Indian journal of veterinary science and animal husbandry - Volumes 18-21, 1948-1951
Year: 1948
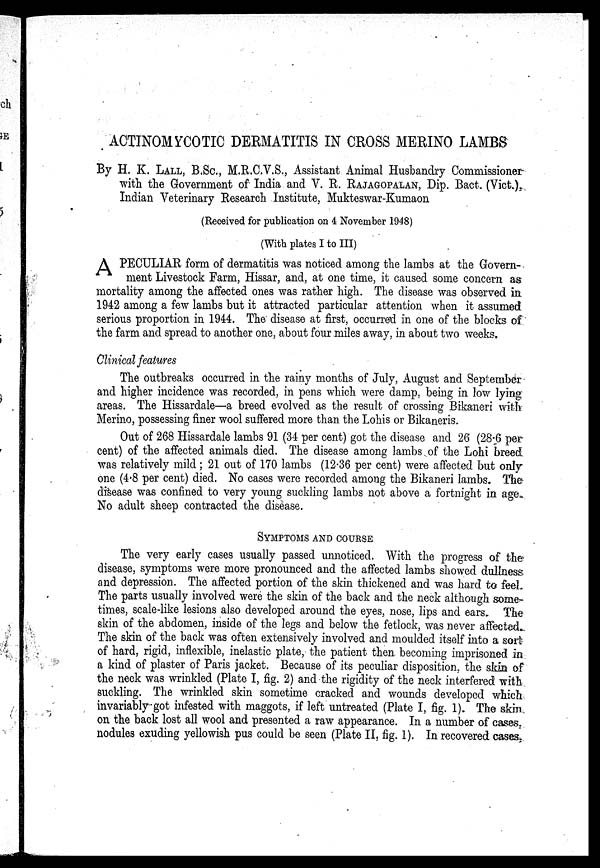
ACTINOMYCOTIC DERMATITIS IN CROSS MERINO LAMBS
By H. K. LALL, B.Sc., M.R.C.V.S., Assistant Animal Husbandry Commissioner
with the Government of India and V. R. RAJAGOPALAN, Dip. Bact. (Vict.)
Indian Veterinary Research Institute, Mukteswar-Kumaon
(Received for publication on 4 November 1948)
(With plates I to III)
A PECULIAR form of dermatitis was noticed among the lambs at the Govern-
ment Livestock Farm, Hissar, and, at one time, it caused some concern as
mortality among the affected ones was rather high. The disease was observed in
1942 among a few lambs but it attracted particular attention when it assumed
serious proportion in 1944. The disease at first, occurred in one of the blocks of
the farm and spread to another one, about four miles away, in about two weeks.
Clinical features
The outbreaks occurred in the rainy months of July, August and September
and higher incidence was recorded, in pens which were damp, being in low lying
areas. The Hissardale—a breed evolved as the result of crossing Bikaneri with
Merino, possessing finer wool suffered more than the Lohis or Bikaneris.
Out of 268 Hissardale lambs 91 (34 per cent) got the disease and 26 (28.6 per-
cent) of the affected animals died. The disease among lambs of the Lohi breed
was relatively mild; 21 out of 170 lambs (12.36 per cent) were affected but only
one (4.8 per cent) died. No cases were recorded among the Bikaneri lambs. The
disease was confined to very young suckling lambs not above a fortnight in age
No adult sheep contracted the disease.
SYMPTOMS AND COURSE
The very early cases usually passed unnoticed. With the progress of the
disease, symptoms were more pronounced and the affected lambs showed dullness
and depression. The affected portion of the skin thickened and was hard to feel.
The parts usually involved were the skin of the back and the neck although some
times, scale-like lesions also developed around the eyes, nose, lips and ears. The
skin of the abdomen, inside of the legs and below the fetlock, was never affected.
The skin of the back was often extensively involved and moulded itself into a sort
of hard, rigid, inflexible, inelastic plate, the patient then becoming imprisoned in
a kind of plaster of Paris jacket. Because of its peculiar disposition, the skin of
the neck was wrinkled (Plate I, fig. 2) and the rigidity of the neck interfered with
suckling. The wrinkled skin sometime cracked and wounds developed which
invariably got infested with maggots, if left untreated (Plate I, fig. 1). The skin
on the back lost all wool and presented a raw appearance. In a number of cases,
nodules exuding yellowish pus could be seen (Plate II, fig. 1). In recovered cases,